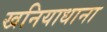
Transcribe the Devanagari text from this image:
खनियाधाना